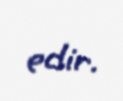
edir.